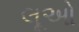
લૂઓ